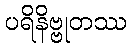
ပရိနိဗ္ဗုတဿ